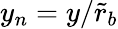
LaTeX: y_{n}=y/\tilde{r}_{b}